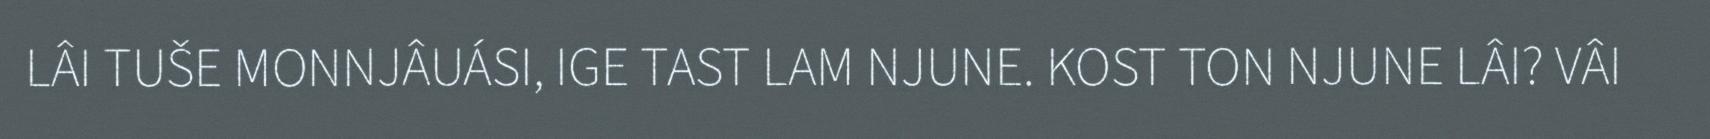
LÂI TUŠE MONNJÂUÁSI, IGE TAST LAM NJUNE. KOST TON NJUNE LÂI? VÂI